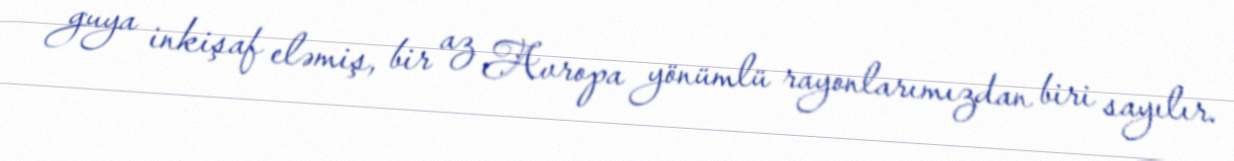
guya inkişaf eləmiş, bir az Avropa yönümlü rayonlarımızdan biri sayılır.